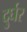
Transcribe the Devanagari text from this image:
दुर्घर